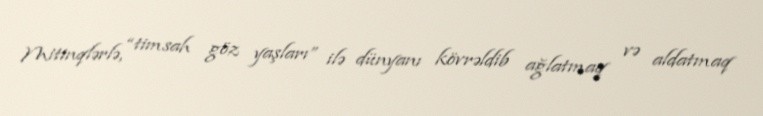
Mitinqlərlə, “timsah göz yaşları” ilə dünyanı kövrəldib ağlatmaq və aldatmaq